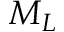
M _ { L }